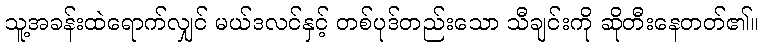
သူ့အခန်းထဲရောက်လျှင် မယ်ဒလင်နှင့် တစ်ပုဒ်တည်းသော သီချင်းကို ဆိုတီးနေတတ်၏။